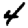
Digit: 4